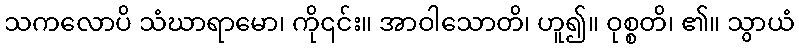
သကလောပိ သံဃာရာမော၊ ကို၎င်း။ အာဝါသောတိ၊ ဟူ၍။ ဝုစ္စတိ၊ ၏။ သွာယံ